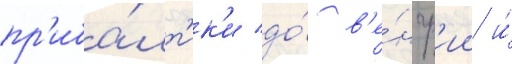
пр'иба́лт'ик'и до́ в'е́нгр'ии и́